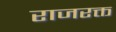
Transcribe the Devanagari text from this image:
राजरक्त